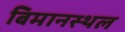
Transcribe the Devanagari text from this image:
बिमानस्थल